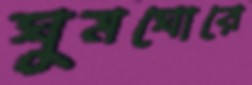
ঘুমঘোরে